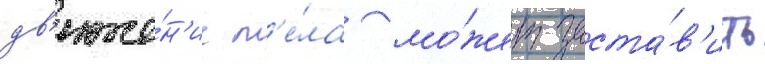
дв'иже́н'ие т'е́ла мо́жет заста́в'ить